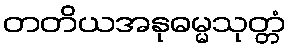
တတိယအနုဓမ္မသုတ္တံ